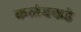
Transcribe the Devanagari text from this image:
कळंबकडे